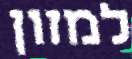
למזון